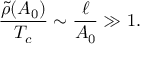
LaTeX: \frac { \tilde { \rho } ( A _ { 0 } ) } { T _ { c } } \sim \frac { \ell } { A _ { 0 } } \gg 1 .